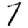
Digit: 7